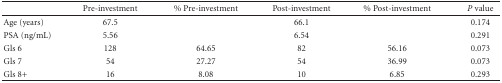
<table><thead><tr><td></td><td><b>Pre-investment</b></td><td><b>% Pre-investment</b></td><td><b>Post-investment</b></td><td><b>% Post-investment</b></td><td><b><i>P</i> value</b></td></tr></thead><tbody><tr><td>Age (years)</td><td>67.5</td><td></td><td>66.1</td><td></td><td>0.174</td></tr><tr><td>PSA (ng/mL)</td><td>5.56</td><td></td><td>6.54</td><td></td><td>0.291</td></tr><tr><td>Gls 6</td><td>128</td><td>64.65</td><td>82</td><td>56.16</td><td>0.073</td></tr><tr><td>Gls 7</td><td>54</td><td>27.27</td><td>54</td><td>36.99</td><td>0.073</td></tr><tr><td>Gls 8+</td><td>16</td><td>8.08</td><td>10</td><td>6.85</td><td>0.293</td></tr></tbody></table>